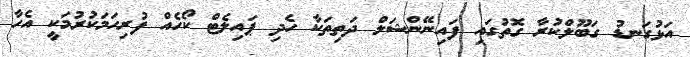
އަޅުގަނޑު ގަބޫލްކުރާ ގޮތުގައި ފައިނޭންޝަލް ދަތިތަކާ ހެދި ޕައިލެޓް ކޯހެއް ފުރިހަމަކުރުމަކީ އެހާ